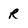
Character: R